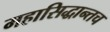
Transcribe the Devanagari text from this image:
महासिद्धान्तच